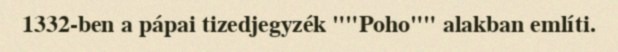
1332-ben a pápai tizedjegyzék ""Poho"" alakban említi.